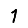
Digit: 1